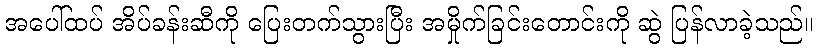
အပေါ်ထပ် အိပ်ခန်းဆီကို ပြေးတက်သွားပြီး အမှိုက်ခြင်းတောင်းကို ဆွဲ ပြန်လာခဲ့သည်။